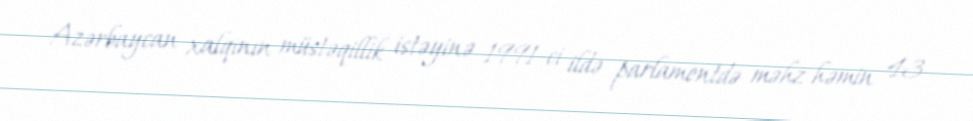
Azərbaycan xalqının müstəqillik istəyinə 1991-ci ildə parlamentdə məhz həmin 43